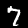
Digit: 7